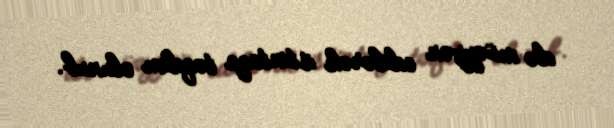
də müəyyən edilərək istintaqa təqdim olunub.